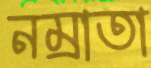
নম্রাতা